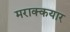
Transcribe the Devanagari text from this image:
मराक्कयार